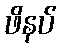
ဖိနပ်